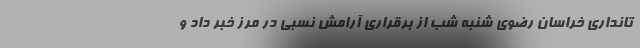
تانداری خراسان رضوی شنبه شب از برقراری آرامش نسبی در مرز خبر داد و